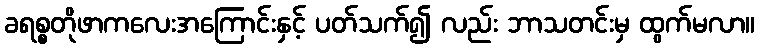
ခရစ္စတိုဖာကလေးအကြောင်းနှင့် ပတ်သက်၍ လည်း ဘာသတင်းမှ ထွက်မလာ။